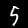
Digit: 5